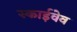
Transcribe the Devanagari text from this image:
स्काईवेव